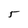
Character: 5